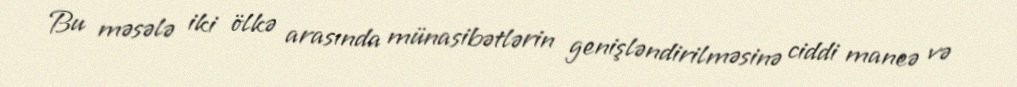
Bu məsələ iki ölkə arasında münasibətlərin genişləndirilməsinə ciddi maneə və